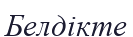
Белдікте